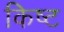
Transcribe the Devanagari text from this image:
किष्ट